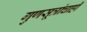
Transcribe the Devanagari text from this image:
गुणसूत्रांचाही